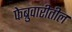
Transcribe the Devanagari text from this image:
फेब्रुवारीतील